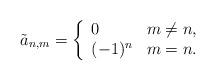
LaTeX: \begin{align*} \tilde{a}_{n,m}=\left\{ \begin{array}{ll} 0 & m\neq n,\\ (-1)^n & m=n. \end{array}\right.\end{align*}